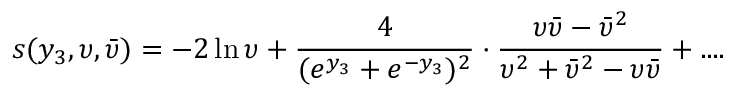
s ( y _ { 3 } , \upsilon , \bar { \upsilon } ) = - 2 \ln \upsilon + \frac { 4 } { ( e ^ { y _ { 3 } } + e ^ { - y _ { 3 } } ) ^ { 2 } } \cdot \frac { \upsilon { \bar { \upsilon } } - { \bar { \upsilon } ^ { 2 } } } { \upsilon ^ { 2 } + { \bar { \upsilon } } ^ { 2 } - \upsilon { \bar { \upsilon } } } + . . . .